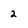
Character: 2